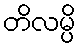
တိလမ္ပိ